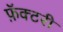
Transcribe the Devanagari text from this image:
फ़ॅक्टरी